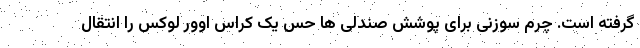
گرفته است. چرم سوزنی برای پوشش صندلی ها حس یک کراس اوور لوکس را انتقال